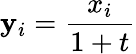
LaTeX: \mathbf{y}_{i}={\frac{{x_{i}}}{{1+t}}}